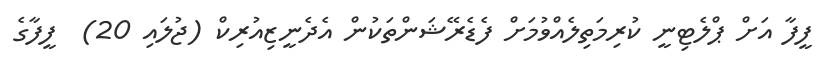
ފީފާ އަށް ޕްލެޓިނީ ކުރިމަތިލެެއްވުމަށް ފެޑެރޭޝަންތަކުން އެދެނީޒިއުރިކް (ޖުލައި 20)  ފީފާގެ